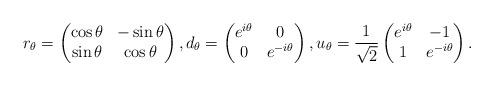
LaTeX: \begin{align*} r_\theta = \begin{pmatrix}\cos \theta & -\sin \theta\\ \sin \theta & \cos \theta\end{pmatrix}, d_\theta = \begin{pmatrix} e^{i\theta} & 0 \\ 0 & e^{-i\theta}\end{pmatrix}, u_\theta = \frac{1}{\sqrt 2} \begin{pmatrix} e^{i\theta} & -1 \\ 1 & e^{-i\theta} \end{pmatrix}.\end{align*}